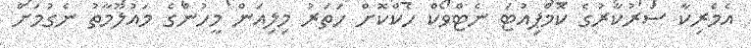
އެމެރިކާ ސަރުކާރުގެ ކޮމްޕިއުޓަ ނެޓްވޯކް ހެކްކޮށް ހަތަރު މިލިއަން މީހުންގެ މައުލޫމާތު ނެގުމަށް